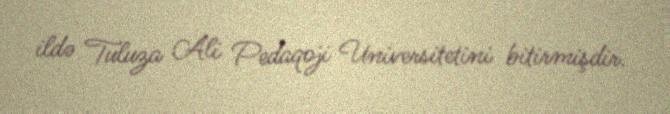
ildə Tuluza Ali Pedaqoji Universitetini bitirmişdir.